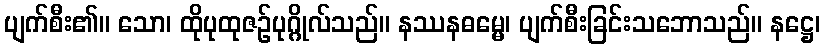
ပျက်စီး၏။ သော၊ ထိုပုထုဇဉ်ပုဂ္ဂိုလ်သည်။ နဿနဓမ္မေ၊ ပျက်စီးခြင်းသဘောသည်။ နဋ္ဌေ၊